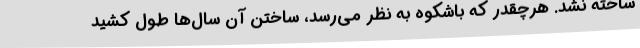
ساخته نشد. هرچقدر که باشکوه به نظر می‌رسد، ساختن آن سال‌ها طول کشید